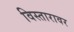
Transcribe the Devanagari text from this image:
विस्तारावर